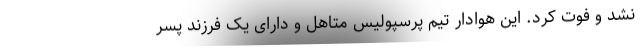
نشد و فوت کرد. این هوادار تیم پرسپولیس متاهل و دارای یک فرزند پسر